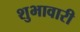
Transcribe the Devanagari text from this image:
शुभावारी